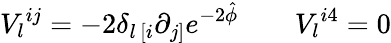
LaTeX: V_{l}{}^{ij}=-2\delta_{l\, [i}\partial_{j]}e^{-2\hat{\phi}}\qquad V_{l}{}^{i4}=0